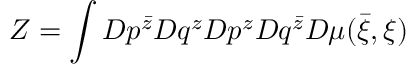
Z = \int D p ^ { \bar { z } } D q ^ { z } D p ^ { z } D q ^ { \bar { z } } D \mu ( { \bar { \xi } } , \xi )